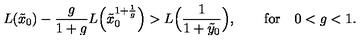
L ( \tilde { x } _ { 0 } ) - \frac { g } { 1 + g } L \Bigl ( \tilde { x } _ { 0 } ^ { 1 + \frac 1 g } \Bigr ) > L \Bigl ( \frac { 1 } { 1 + \tilde { y } _ { 0 } } \Bigr ) , \qquad \mathrm { f o r } \quad 0 < g < 1 .